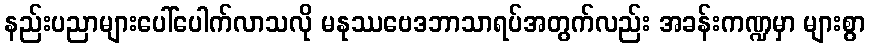
နည်းပညာများပေါ်ပေါက်လာသလို မနုဿဗေဒဘာသာရပ်အတွက်လည်း အခန်းကဏ္ဍမှာ များစွာ